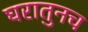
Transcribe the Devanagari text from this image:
घरातुनच